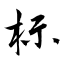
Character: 标